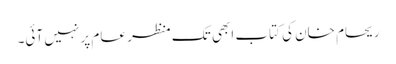
ریحام خان کی کتاب ابھی تک منظر عام پر نہیں آئی۔